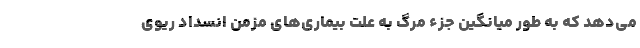
می‌دهد که به طور میانگین جزء مرگ به علت بیماری‌های مزمن انسداد ریوی